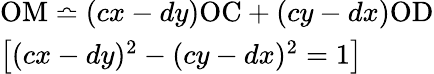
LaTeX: \begin{array}{l}{\mathrm{OM}\bumpeq(cx-dy)\mathrm{OC}+(cy-dx)\mathrm{OD}}\\ {\left[(cx-dy)^{2}-(cy-dx)^{2}=1\right]}\end{array}